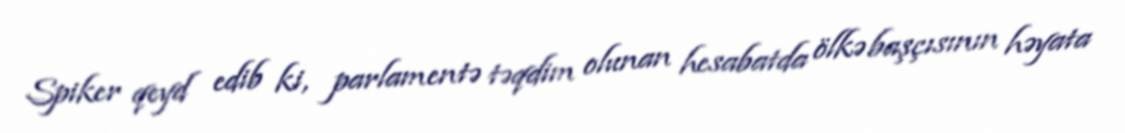
Spiker qeyd edib ki, parlamentə təqdim olunan hesabatda ölkə başçısının həyata